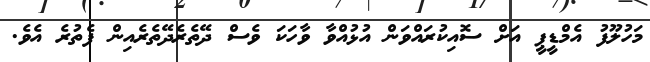
މަހުލޫފު އެމްޑީޕީ އަށް ސޮއިކުރައްވަން އުޅުއްވާ ވާހަކަ ވެސް ދޭތެރެދޭތެރެއިން ފެތުރެ އެވެ.